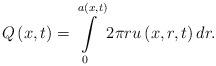
LaTeX: \begin{align*}Q\left(x,t\right)=\intop_{0}^{a\left(x,t\right)}2\pi ru\left(x,r,t\right)dr.\end{align*}